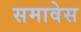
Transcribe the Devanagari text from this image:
समावेस